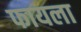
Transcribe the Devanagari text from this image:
फायला